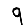
Digit: 9